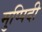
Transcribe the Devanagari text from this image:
मुप्पिदी